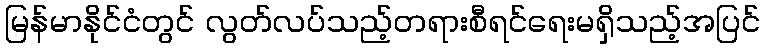
မြန်မာနိုင်ငံတွင် လွတ်လပ်သည့်တရားစီရင်ရေးမရှိသည့်အပြင်